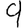
Digit: 9